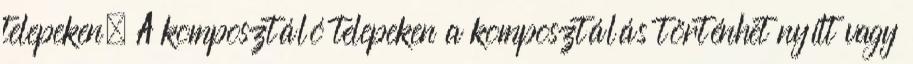
telepeken. A komposztáló telepeken a komposztálás történhet nyílt vagy